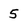
Character: 5